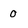
Character: 0